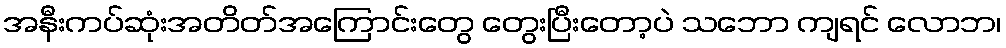
အနီးကပ်ဆုံးအတိတ်အကြောင်းတွေ တွေးပြီးတော့ပဲ သဘော ကျရင် လောဘ၊